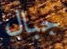
جبال